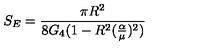
S _ { E } = \frac { \pi R ^ { 2 } } { 8 G _ { 4 } ( 1 - R ^ { 2 } ( \frac { \alpha } { \mu } ) ^ { 2 } ) }